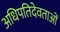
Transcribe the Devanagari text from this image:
अधिपतिदेवताओं